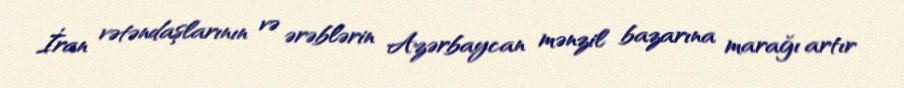
İran vətəndaşlarının və ərəblərin Azərbaycan mənzil bazarına marağı artır